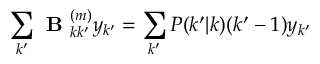
\sum _ { k ^ { \prime } } \textbf { B } _ { k k ^ { \prime } } ^ { ( m ) } y _ { k ^ { \prime } } = \sum _ { k ^ { \prime } } P ( k ^ { \prime } | k ) ( k ^ { \prime } - 1 ) y _ { k ^ { \prime } }